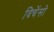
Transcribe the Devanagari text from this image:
विचेंसो